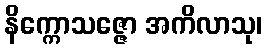
နိက္ကောသဇ္ဇော အကိလာသု၊